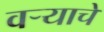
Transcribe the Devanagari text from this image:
वर्‍याचे